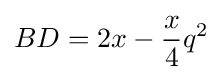
BD=2x-{\frac {x}{4}}q^{2}